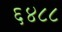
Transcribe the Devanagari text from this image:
६४८८